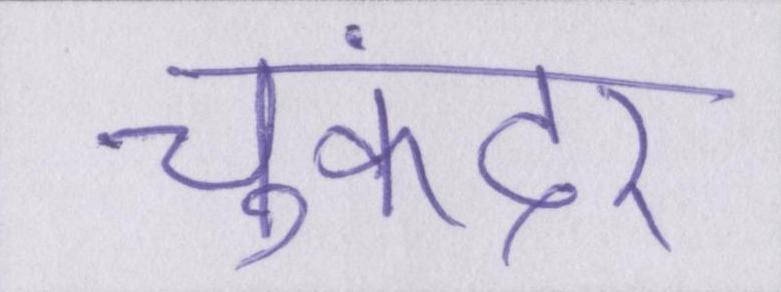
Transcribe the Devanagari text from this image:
चुकंदर